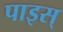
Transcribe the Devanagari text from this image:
पाइस्